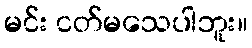
မင်း ငတ်မသေပါဘူး။